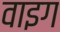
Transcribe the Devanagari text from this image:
वाइग